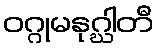
ဝဂ္ဂုမနုဂ္ဃါတီ